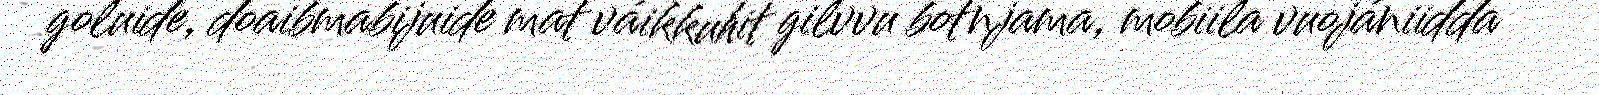
goluide, doaibmabijuide mat váikkuhit gilvvu botnjama, mobiila vuojániidda